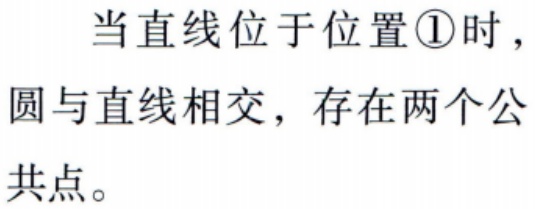
当直线位于位置\textcircled{1}时，圆与直线相交，存在两个公共点。